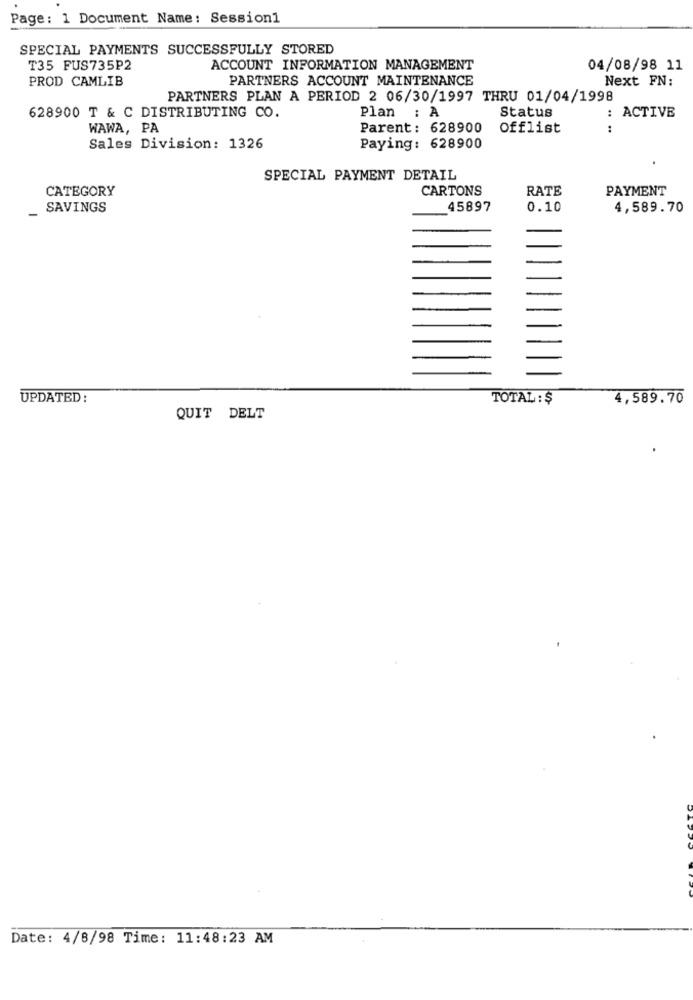
Page: 1 Document Name: Session1
SPECIAL PAYMENTS SUCCESSFULLY STORED
T35 FUS735P2
ACCOUNT INFORMATION MANAGEMENT
04/08/98 11
PROD CAMLIB
PARTNERS ACCOUNT MAINTENANCE
Next FN:
PARTNERS PLAN A PERIOD 2 06/30/1997 THRU 01/04/1998
Status
628900 T & C DISTRIBUTING CO.
Plan : A
: ACTIVE
WAWA, PA
Parent: 628900
Offlist
.. ..
Sales Division: 1326
Paying: 628900
SPECIAL PAYMENT DETAIL
CATEGORY
CARTONS
RATE
PAYMENT
-
SAVINGS
45897
0.10
4,589.70
UPDATED :
TOTAL : $
4,589.70
QUIT DELT
Date: 4/8/98 Time: 11:48:23 AM